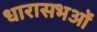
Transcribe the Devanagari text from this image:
धारासभओं